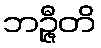
ဘဉ္ဇီတိ